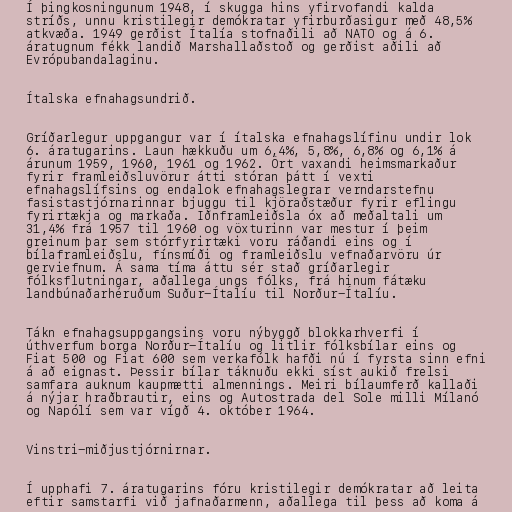
Í þingkosningunum 1948, í skugga hins yfirvofandi kalda
stríðs, unnu kristilegir demókratar yfirburðasigur með 48,5%
atkvæða. 1949 gerðist Ítalía stofnaðili að NATO og á 6.
áratugnum fékk landið Marshallaðstoð og gerðist aðili að
Evrópubandalaginu.

Ítalska efnahagsundrið.

Gríðarlegur uppgangur var í ítalska efnahagslífinu undir lok
6. áratugarins. Laun hækkuðu um 6,4%, 5,8%, 6,8% og 6,1% á
árunum 1959, 1960, 1961 og 1962. Ört vaxandi heimsmarkaður
fyrir framleiðsluvörur átti stóran þátt í vexti
efnahagslífsins og endalok efnahagslegrar verndarstefnu
fasistastjórnarinnar bjuggu til kjöraðstæður fyrir eflingu
fyrirtækja og markaða. Iðnframleiðsla óx að meðaltali um
31,4% frá 1957 til 1960 og vöxturinn var mestur í þeim
greinum þar sem stórfyrirtæki voru ráðandi eins og í
bílaframleiðslu, fínsmíði og framleiðslu vefnaðarvöru úr
gerviefnum. Á sama tíma áttu sér stað gríðarlegir
fólksflutningar, aðallega ungs fólks, frá hinum fátæku
landbúnaðarhéruðum Suður-Ítalíu til Norður-Ítalíu.

Tákn efnahagsuppgangsins voru nýbyggð blokkarhverfi í
úthverfum borga Norður-Ítalíu og litlir fólksbílar eins og
Fiat 500 og Fiat 600 sem verkafólk hafði nú í fyrsta sinn efni
á að eignast. Þessir bílar táknuðu ekki síst aukið frelsi
samfara auknum kaupmætti almennings. Meiri bílaumferð kallaði
á nýjar hraðbrautir, eins og Autostrada del Sole milli Mílanó
og Napólí sem var vígð 4. október 1964.

Vinstri-miðjustjórnirnar.

Í upphafi 7. áratugarins fóru kristilegir demókratar að leita
eftir samstarfi við jafnaðarmenn, aðallega til þess að koma á